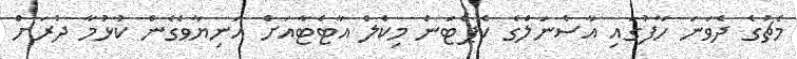
މެޗުގެ ދެވަނަ ހާފުގައި އާސެނަލްގެ ކެޕްޓަން މިކެލް އާޓެޓާއަށް އަނިޔާވެގެން ކުޅުމާ ދުރަށް